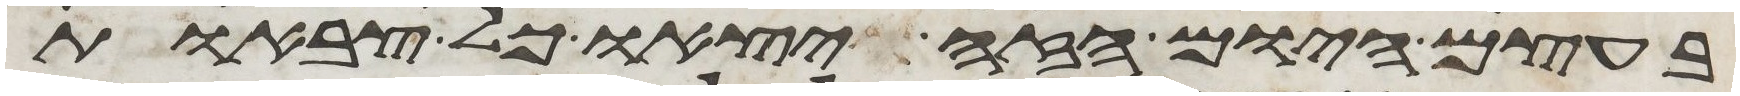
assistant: בעצם היום הזה יצאו כל צבאות